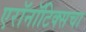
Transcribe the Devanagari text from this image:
एरॉनॉटिक्सचा